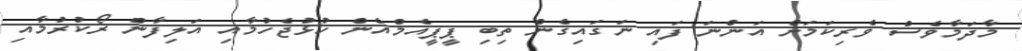
މާދަމާވެސް ވެރިކަމަށް އަންނަ ފައި ނަގައިގެން ތިބި ޕީޕީއެމްއެން ހުޅުޖެހުމާއި އަލިފާން ރޯކުރުމާއި